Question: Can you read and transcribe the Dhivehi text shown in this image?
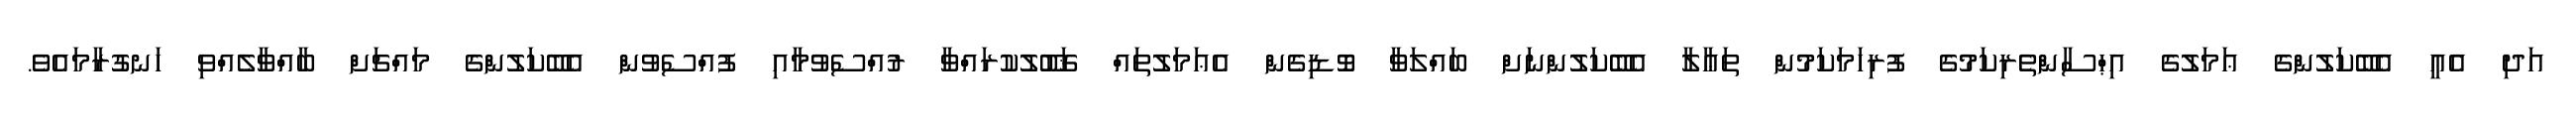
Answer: އަދި އެއީ އެބޭކަލުންގެ ޢަމަލުގެ އިޙްސާންތެރިކަމުގެ ފުރިހަމަކަމުން ތަޢާލާ އެބޭކަލުންނަށް ބައްލަވާ ވޮޑިގެން އެޢަމަލުތައް ޤަބޫލުކުރައްވާ ރުއްސެވުމާއި ފުއްސެވުން އެބޭކަލުންގެ މައްޗަށް ބާއްވާލެއްވި ހަނގުރާމައެވެ.